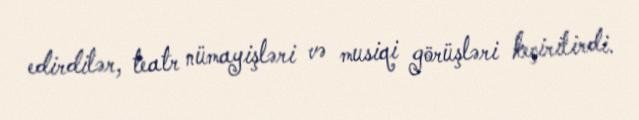
edirdilər, teatr nümayişləri və musiqi görüşləri keçirilirdi.